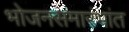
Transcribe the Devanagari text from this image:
भोजनसमारंभांत